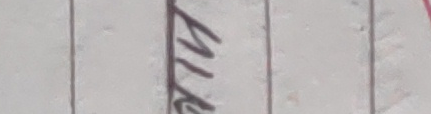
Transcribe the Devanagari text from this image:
मिक